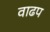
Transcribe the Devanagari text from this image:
वाढप